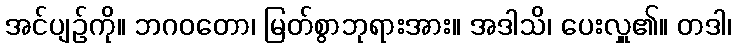
အင်ပျဉ်ကို။ ဘဂဝတော၊ မြတ်စွာဘုရားအား။ အဒါသိ၊ ပေးလှူ၏။ တဒါ၊